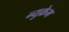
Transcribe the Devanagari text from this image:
न्युक्रेम